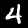
Digit: 4